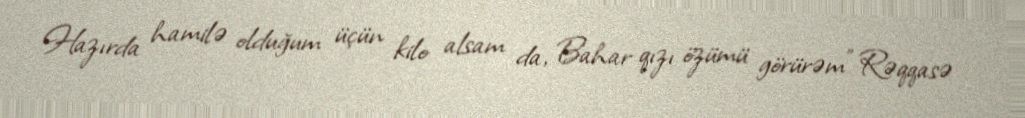
Hazırda hamilə olduğum üçün kilo alsam da, Bahar qızı özümü görürəm” Rəqqasə